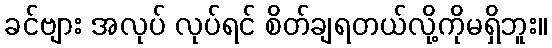
ခင်ဗျား အလုပ် လုပ်ရင် စိတ်ချရတယ်လို့ကိုမရှိဘူး။